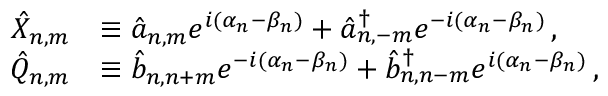
\begin{array} { r l } { \hat { X } _ { n , m } } & { \equiv \hat { a } _ { n , m } e ^ { i ( \alpha _ { n } - \beta _ { n } ) } + \hat { a } _ { n , - m } ^ { \dagger } e ^ { - i ( \alpha _ { n } - \beta _ { n } ) } \, , } \\ { \hat { Q } _ { n , m } } & { \equiv \hat { b } _ { n , n + m } e ^ { - i ( \alpha _ { n } - \beta _ { n } ) } + \hat { b } _ { n , n - m } ^ { \dagger } e ^ { i ( \alpha _ { n } - \beta _ { n } ) } \, , } \end{array}